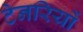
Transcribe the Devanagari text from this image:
टेनरियों